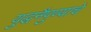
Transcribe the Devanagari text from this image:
युद्धनैपुण्याचे